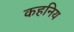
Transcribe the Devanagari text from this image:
कहनिय